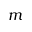
m